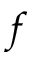
f